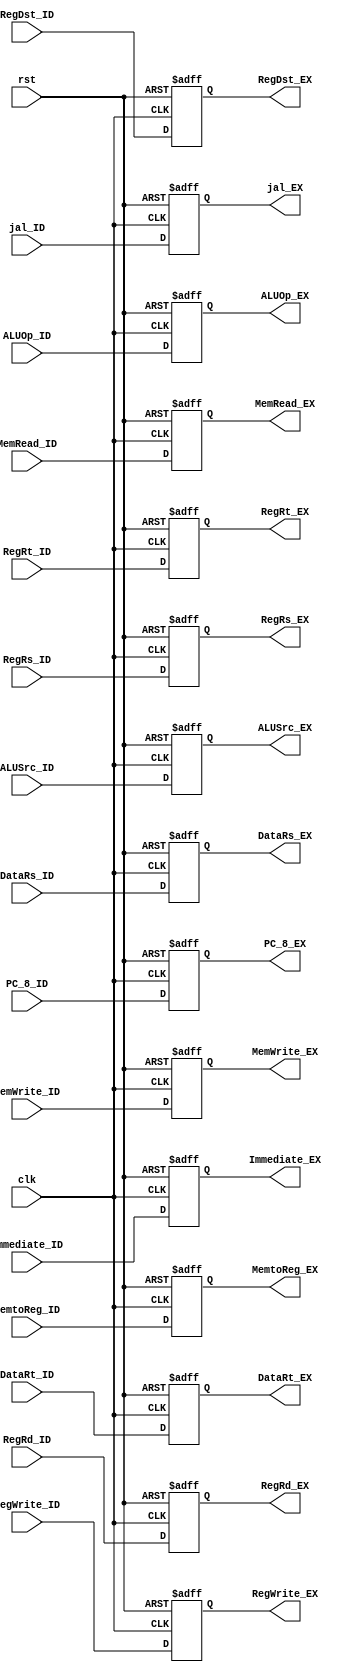
module ID_EX (
	clk,
	rst,
	RegWrite_ID,
	MemtoReg_ID,
	MemRead_ID,
	MemWrite_ID,
	ALUSrc_ID,
	ALUOp_ID,
	RegDst_ID,
	DataRs_ID,
	DataRt_ID,
	Immediate_ID,
	RegRs_ID,
	RegRt_ID,
	RegRd_ID,
	jal_ID,
	PC_8_ID,
	RegWrite_EX,
	MemtoReg_EX,
	MemRead_EX,
	MemWrite_EX,
	ALUSrc_EX,
	ALUOp_EX,
	RegDst_EX,
	DataRs_EX,
	DataRt_EX,
	Immediate_EX,
	RegRs_EX,
	RegRt_EX,
	RegRd_EX,
	jal_EX,
	PC_8_EX
);

input clk;
input rst;
input RegWrite_ID;
input [1:0] MemtoReg_ID;
input MemRead_ID;
input MemWrite_ID;
input ALUSrc_ID;
input [2:0] ALUOp_ID;
input RegDst_ID;
input [31:0] DataRs_ID;
input [31:0] DataRt_ID;
input [31:0] Immediate_ID;
input [4:0] RegRs_ID;
input [4:0] RegRt_ID;
input [4:0] RegRd_ID;
input jal_ID;
input [31:0] PC_8_ID;
output RegWrite_EX;
output [1:0] MemtoReg_EX;
output MemRead_EX;
output MemWrite_EX;
output ALUSrc_EX;
output [2:0] ALUOp_EX;
output RegDst_EX;
output [31:0] DataRs_EX;
output [31:0] DataRt_EX;
output [31:0] Immediate_EX;
output [4:0] RegRs_EX;
output [4:0] RegRt_EX;
output [4:0] RegRd_EX;
output jal_EX;
output [31:0] PC_8_EX;

reg RegWrite_EX;
reg [1:0] MemtoReg_EX;
reg MemRead_EX;
reg MemWrite_EX;
reg ALUSrc_EX;
reg [2:0] ALUOp_EX;
reg RegDst_EX;
reg [31:0] DataRs_EX;
reg [31:0] DataRt_EX;
reg [31:0] Immediate_EX;
reg [4:0] RegRs_EX;
reg [4:0] RegRt_EX;
reg [4:0] RegRd_EX;
reg jal_EX;
reg [31:0] PC_8_EX;
always @(posedge clk or negedge rst) 
begin
  if(~rst) 
  begin
    RegWrite_EX	<= 1'b0;
    MemtoReg_EX <= 2'b0;
    MemRead_EX <= 1'b0;
    MemWrite_EX	<= 1'b0;
    ALUSrc_EX <= 1'b0;
    ALUOp_EX <= 3'b0;
    RegDst_EX <= 1'b0;
    DataRs_EX <= 32'b0;
    DataRt_EX <= 32'b0;
    Immediate_EX <= 32'b0;
    RegRs_EX <= 5'b0;
    RegRt_EX <= 5'b0;
    RegRd_EX <= 5'b0;
    jal_EX <= 1'b0;
    PC_8_EX <= 32'b0;
  end
  else 
  begin
    RegWrite_EX	<= RegWrite_ID;
    MemtoReg_EX	<= MemtoReg_ID;
    MemRead_EX <= MemRead_ID;
    MemWrite_EX	<= MemWrite_ID;
    ALUSrc_EX <= ALUSrc_ID;
    ALUOp_EX <= ALUOp_ID;
    RegDst_EX <= RegDst_ID;
    DataRs_EX <= DataRs_ID;
    DataRt_EX <= DataRt_ID;
    Immediate_EX <= Immediate_ID;
    RegRs_EX <= RegRs_ID;
    RegRt_EX <= RegRt_ID;
    RegRd_EX <= RegRd_ID;	
    jal_EX <= jal_ID;	
    PC_8_EX <= PC_8_ID;
  end
end

endmodule